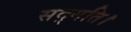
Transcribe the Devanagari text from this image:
सद्गति।